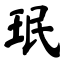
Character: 珉